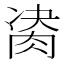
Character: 𦛇